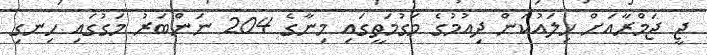
ޖީ ޖަމްރާއަށް ހިލައުކަން ދިއުމުގެ މަގުމަތީގައި މިނާގެ 204 ނަންބަރު މަގުގައި ހިނގި